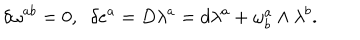
\delta \omega ^ { a b } = 0 , \; \; \delta e ^ { a } = D \lambda ^ { a } = d \lambda ^ { a } + \omega _ { b } ^ { a } \wedge \lambda ^ { b } .